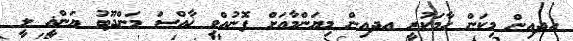
އދއިން މިކަން ހާމަކުރީ އދއިން މިޔަންމާއަށް ފޮނުއްވި ޚާއްސަ މަންދޫބު ޔަންޣީ ލީ